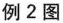
例2图